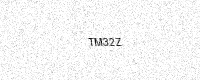
Text: TM32Z